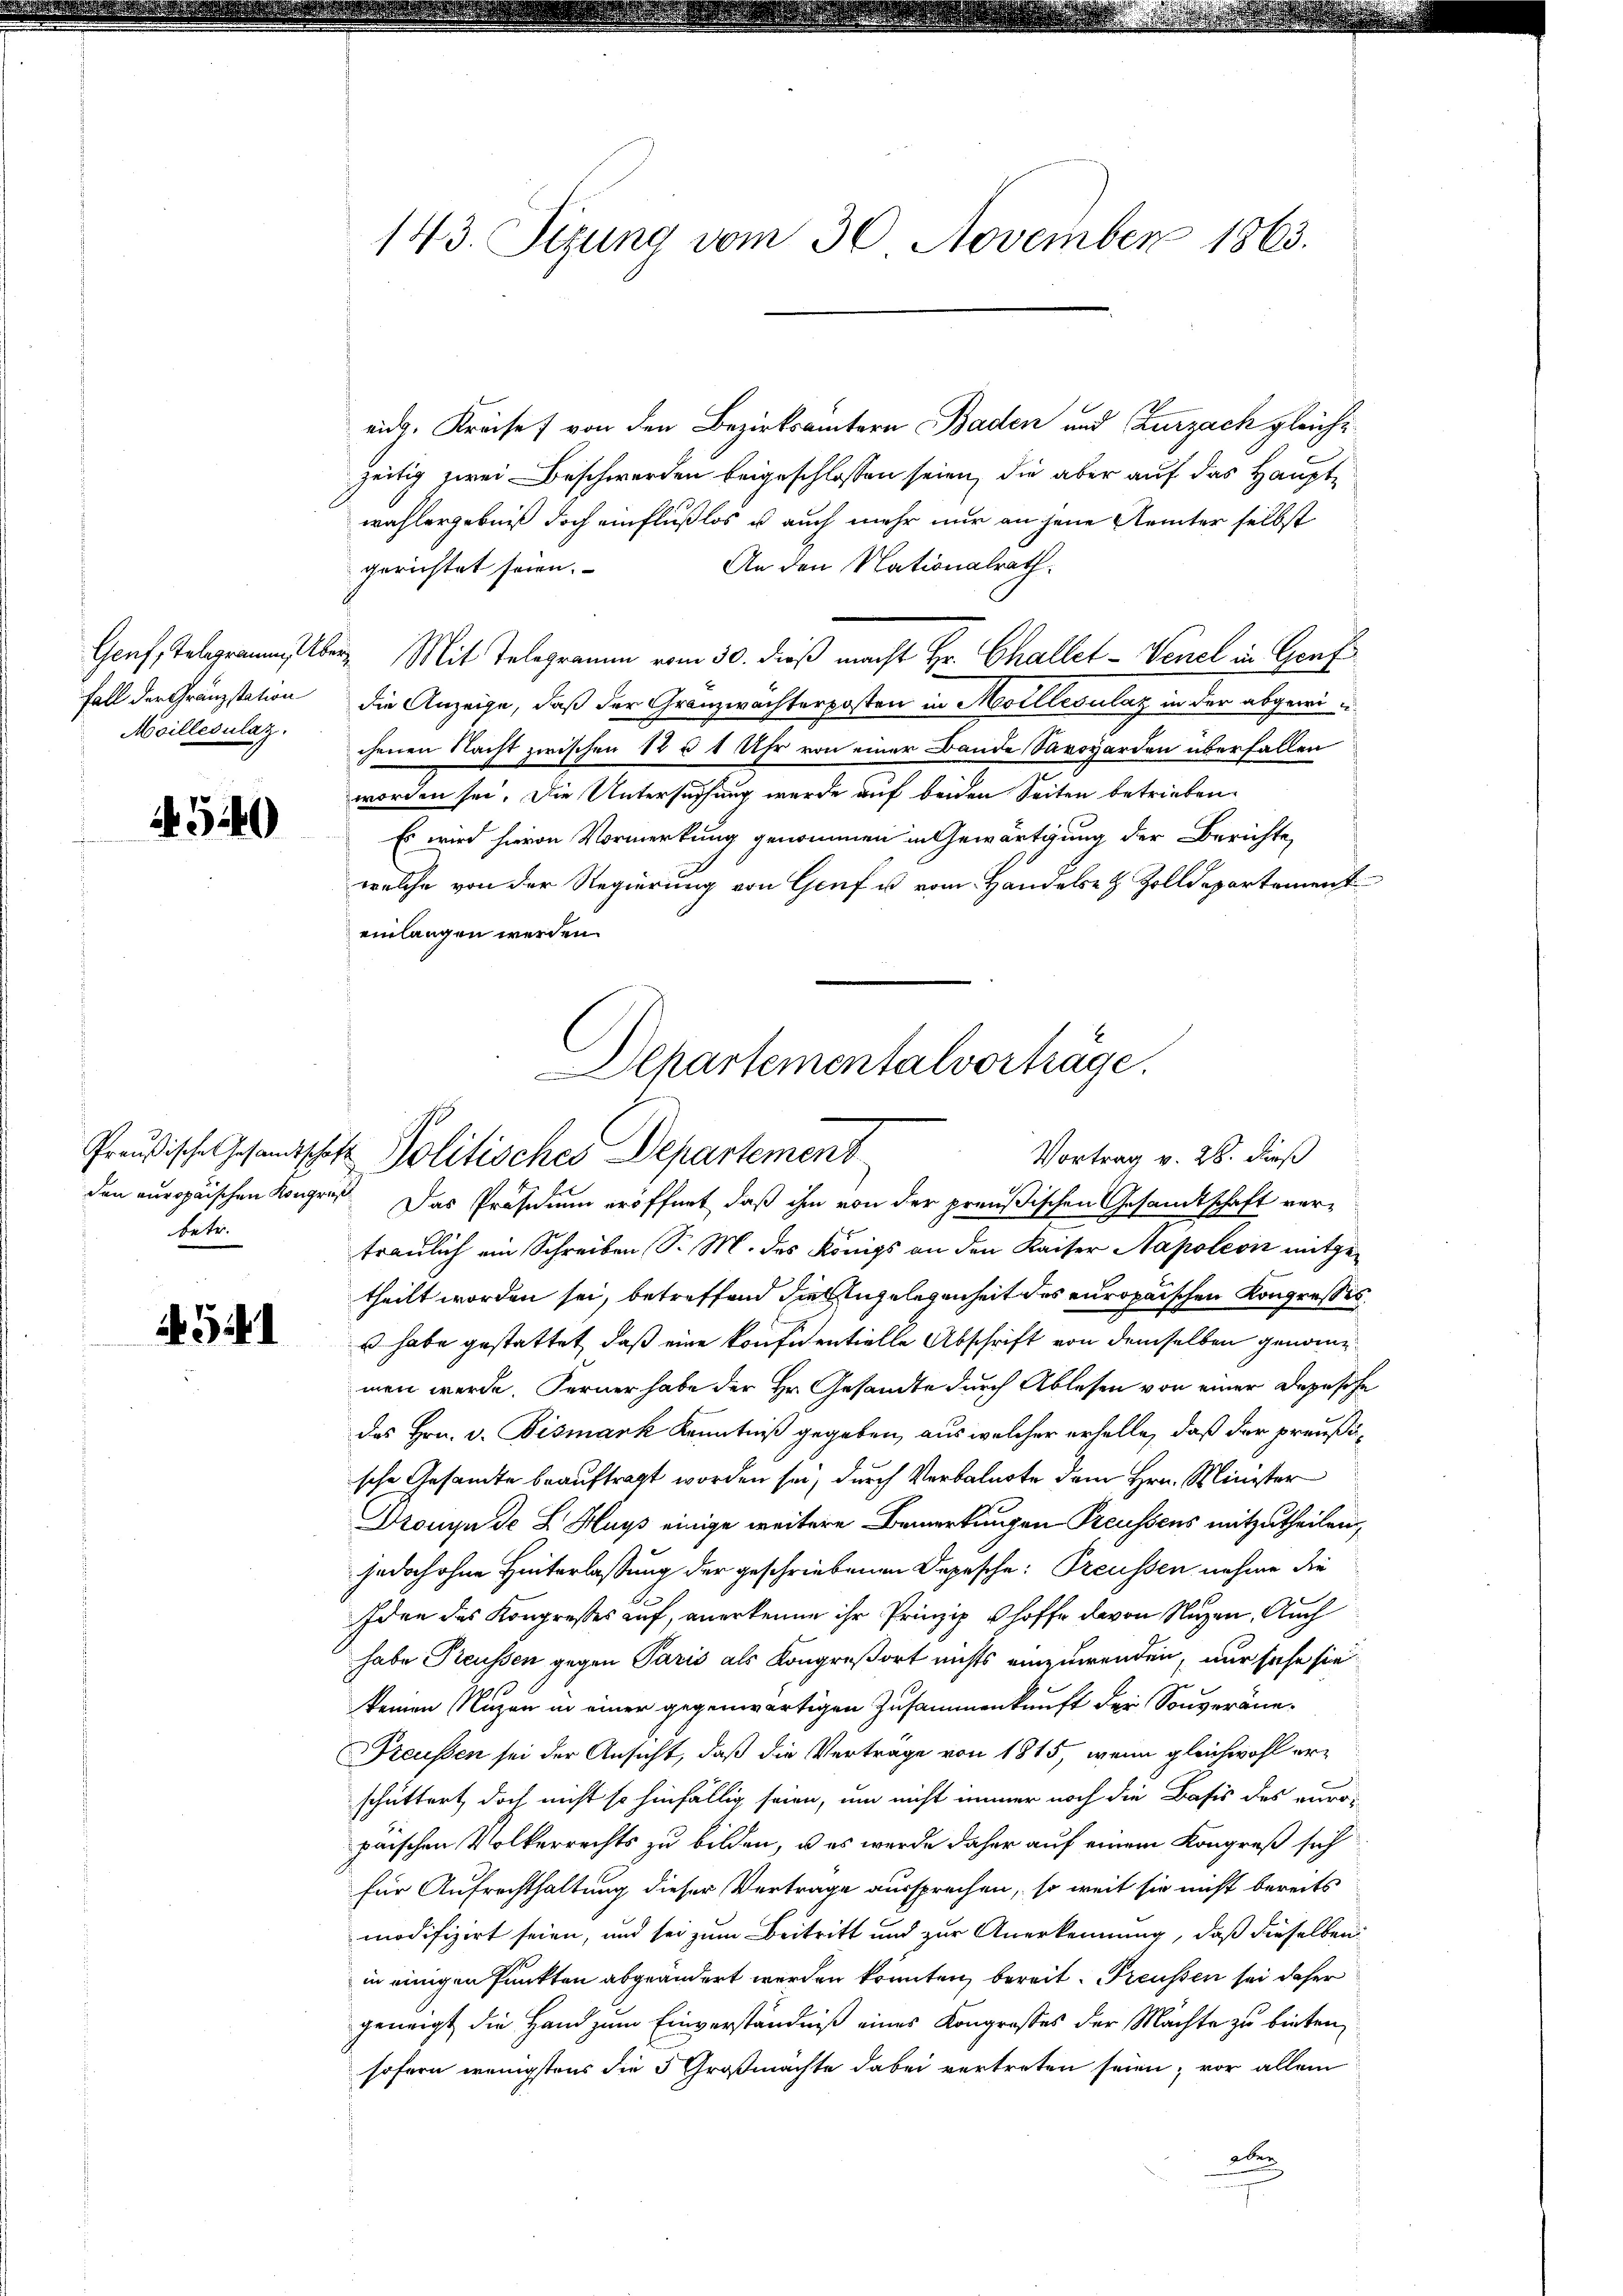
Moillesulatz.

540

eidg. Kreise von den Bezirksämtern Baden und Zurzach gleiche
zeitig zwei Beschwerden beigeschlossen seien, die aber auf das Haupt
wahlergebniß doch einflußlos u auch mehr nur an jene Aemter selbst
An den Nationalrath
gerichtet seien. |
Genf, Telegrammber Mit Telegramm vom 30. dieß macht Hr. Challet-Venel in Genf
Fall der Gränzstation die Anzeige, daß der Granzwachterposten in Moellevulaz in der abgewi
chenen Nacht zwischen 12 § 1 Uhr von einer Bande Savoyarden überfallen
worden sei. Die Untersuchung wurde auf beiden Seiten betrieben.
Es wird hievon Vormerkung genommen in Gewärtigung der Berichte,
welche von der Regierung von Genf u. vom Handels- & Zolldepartement
einlangen werden.

tetr.

541

143. Sizung vom 30. November 1863.

Departementalvorträge.
Preußische Gesandtschaft Politisches Departement
Vortrag v. 28. dieß

den europäischen Kongres. Das Präsidium eröffnet, daß ihm von der preußischen Gesandtschaft ver-
traulich ein Schreiben (S. M. des Königs an den Kaiser Napoleon mitgetheilt worden sei, betreffend die Angelegenheit des europaischen Kongressis
s habe gestattet, daß eine konfidentielle Abschrift von demselben genommen werde. Ferner habe der Hr. Gesandte durch Ablesen von einer Depesche
das Hrn. v. Bismark Kenntniß gegeben, aus welcher erselle, daß der preußische Gesandte beauftragt worden sei, durch Verbalnote dem Hrn. Minister
Drouin de L Huys einige weitere Bemerkungen Preussens mitzutheilen,
jedoch ohne Hinterlassung der geschriebenen Depesche: Treussen nehme die
Iden das Kongresses auf, anerkenne ihr Prinzip hoffe davon Nuzen. Auch
habe Treussen gegen Paris als Kongreßort nichts einzuwenden, nur sehe sie
keinen Nuzen in einer gegenwärtigen Zusammenkunft der Souveräne¬
Preußen sei der Ansicht, daß die Vertrage von 1815, wenn gleichwohl erschüttert doch nicht so hinfällig seien, um nicht immer noch die Basis des euro-
päischen Volkerrechts zu bilden, u es werde daher auf einem Kongreß sich
für Aufrechthaltung dieser Vertrage aussprechen, so weit sie nicht bereits
modifizirt seien, und sei zum Beitritt und zur Anerkennung, daß dieselben
in einigen Punkten abgeändert werden könnten, bereit. Preussen sei daher
geneigt die Hand zum Einverständniß eines Kongroßes der Machte zu bieten,
sofern wenigstens die 3 Großmächte dabei vertreten seien; vor allein
aber